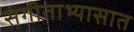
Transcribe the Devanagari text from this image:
संगीताभ्यासात